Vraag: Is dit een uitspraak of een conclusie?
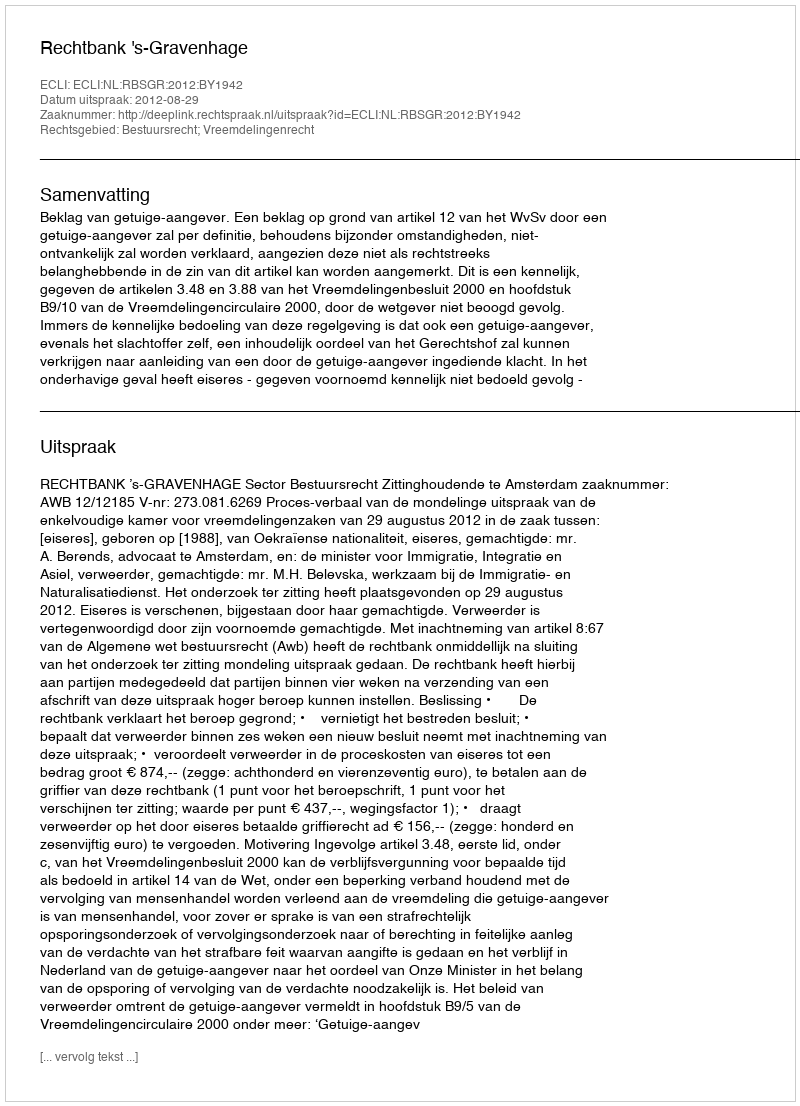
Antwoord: Uitspraak